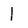
Character: 1